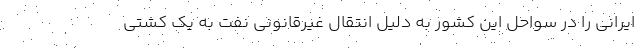
ایرانی را در سواحل این کشور به دلیل انتقال غیرقانونی نفت به یک کشتی